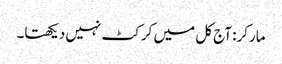
مارکر: آج کل میں کرکٹ نہیں دیکھتا۔